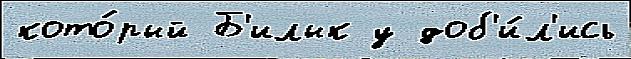
кото́рый Б'илык у доб'и́л'ись